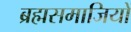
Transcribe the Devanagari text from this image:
ब्रह्मसमाजियों